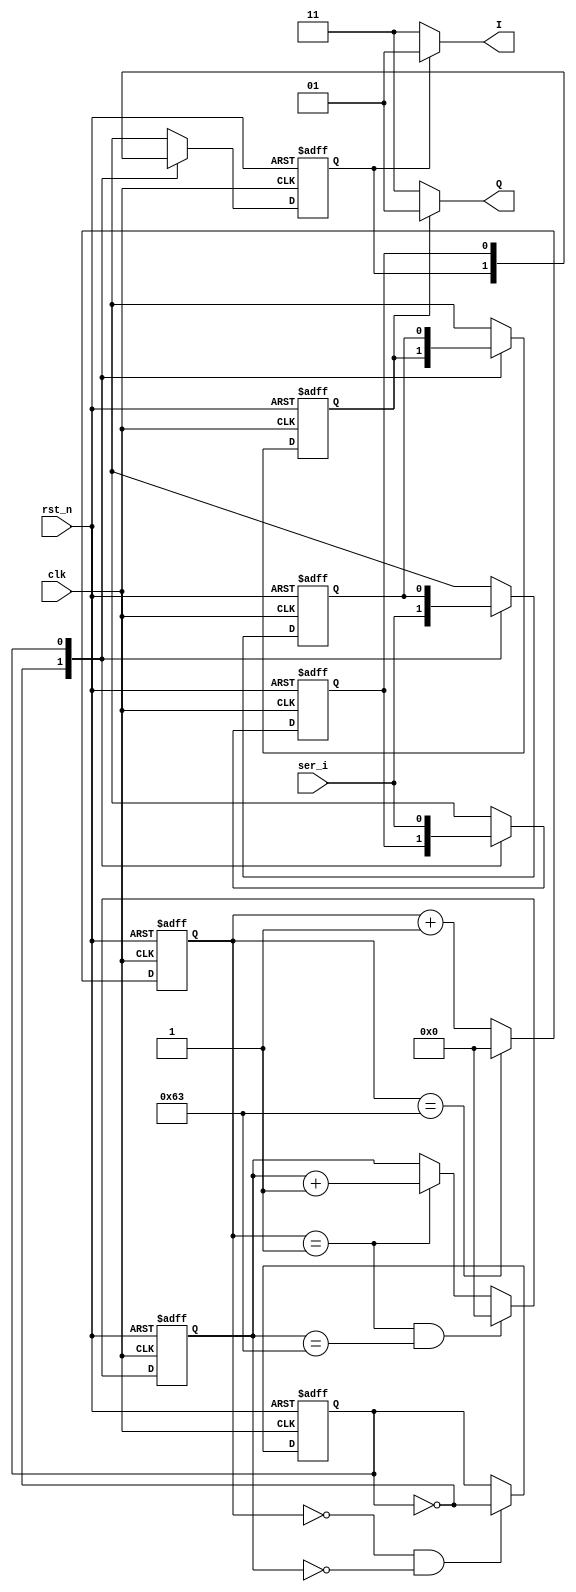
`timescale 1ns / 1ps
//////////////////////////////////////////////////////////////////////////////////
// Dependencies: ,IQ
// bit1005kb250kb/s
// 500k,50Mhz
//////////////////////////////////////////////////////////////////////////////////
module iq_div
    #(parameter IQ_DIV_MAX = 8'd100, //clk/IQ_DIV_MAX
                BIT_SAMPLE = 8'd100  //bit
    )
    
    (
        input wire          clk     ,
        input wire          rst_n   ,
        input wire          ser_i   ,
        
        output wire [1:0]   I       , //
        output wire [1:0]   Q
    );
    
    
    //1ser_i,sample
    reg [7:0]   cnt_iq_div  ;
    
    //bitsample100,BIT_SAMPLE
    reg [7:0]   cnt_sample  ;
    
    reg         iq_switch   ;  //0Q1I
    
    //IQ
    //I_bit_temp,Q_bit_temp
    //I_bit
    //IQ
    reg         I_bit_temp      ;
    reg         Q_bit_temp      ;
    
    reg         I_bit       ;
    reg         Q_bit       ;
    
    
    //cnt_iq_div
    //1ser_i,sample
    always @ (posedge clk or negedge rst_n) begin
        if(rst_n == 1'b0) begin
            cnt_iq_div <= 8'd0;
        end else if(cnt_iq_div == (IQ_DIV_MAX-8'd1)) begin
            cnt_iq_div <= 8'd0;
        end else begin
            cnt_iq_div <= cnt_iq_div + 8'd1;
        end
    end
    
    //cnt_sample
    //bitsample100,BIT_SAMPLE
    always @ (posedge clk or negedge rst_n) begin
        if(rst_n == 1'b0) begin
            cnt_sample <= 8'd0;
        end else if((cnt_iq_div == 8'd1) && (cnt_sample == (BIT_SAMPLE - 8'd1))) begin
            cnt_sample <= 8'd0;
        end else if(cnt_iq_div == 8'd1) begin
            cnt_sample <= cnt_sample + 8'd1;
        end else begin
            cnt_sample <= cnt_sample;
        end
    end
    
    //iq_switch
    always @ (posedge clk or negedge rst_n) begin
        if(rst_n == 1'b0) begin
        //Q1'b0Q
            iq_switch <= 1'b1;  
        end else if((cnt_iq_div == 8'd0) && (cnt_sample == 0)) begin
            iq_switch <= ~iq_switch;
        end else begin
            iq_switch <= iq_switch;
        end
    end
    
    //I_bit  Q_bit
    always @ (posedge clk or negedge rst_n) begin
        if(rst_n == 1'b0) begin
            I_bit <= 1'b0;
            Q_bit <= 1'b0;
            I_bit_temp <= 1'b0;
            Q_bit_temp <= 1'b0;
        end else begin
            case(iq_switch) 
                //IQ
                //
                //
                1'b0: begin //Q,I_bit_temp
                    I_bit <= I_bit;
                    Q_bit <= Q_bit;
                    Q_bit_temp <= ser_i;
                    I_bit_temp <= I_bit_temp;
                    
                end
                1'b1: begin //I,I_bit_temp,IQ
                    Q_bit <= Q_bit_temp;
                    I_bit <= I_bit_temp;
                    I_bit_temp <= ser_i;
                    Q_bit_temp <= Q_bit_temp;
                end             
            endcase
        end
    end
    
    
    //
    assign I = (I_bit == 1'b0)? 2'b11:2'b01; 
    assign Q = (Q_bit == 1'b0)? 2'b11:2'b01; 
    
    
    
endmodule